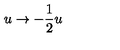
u \rightarrow - \frac { 1 } { 2 } u